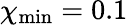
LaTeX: \chi_{\mathrm{min}}=0.1